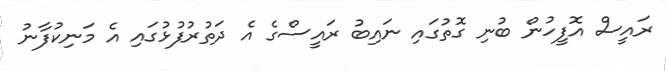
ރައީސް އޮފީހުން ބުނި ގޮތުގައި ނައިބު ރައީސްގެ އެ ދަތުރުފުޅުގައި އެ މަނިކުފާނު